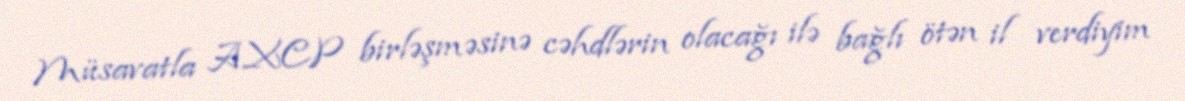
Müsavatla AXCP birləşməsinə cəhdlərin olacağı ilə bağlı ötən il verdiyim